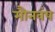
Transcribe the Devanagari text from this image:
मौनवंष